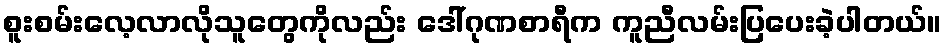
စူးစမ်းလေ့လာလိုသူတွေကိုလည်း ဒေါ်ဂုဏစာရီက ကူညီလမ်းပြပေးခဲ့ပါတယ်။